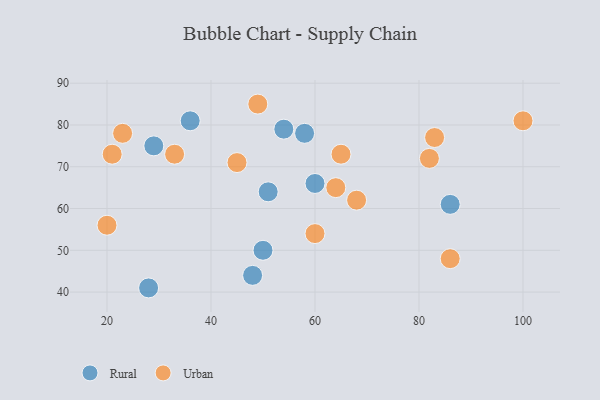
{"axis": {"x": "GDP", "y": "Life Expectancy"}, "legend": ["Rural", "Urban"], "data": [{"x": "29", "y": 75, "type": "Rural"}, {"x": "86", "y": 61, "type": "Rural"}, {"x": "36", "y": 81, "type": "Rural"}, {"x": "54", "y": 79, "type": "Rural"}, {"x": "50", "y": 50, "type": "Rural"}, {"x": "60", "y": 66, "type": "Rural"}, {"x": "58", "y": 78, "type": "Rural"}, {"x": "51", "y": 64, "type": "Rural"}, {"x": "28", "y": 41, "type": "Rural"}, {"x": "48", "y": 44, "type": "Rural"}, {"x": "82", "y": 72, "type": "Urban"}, {"x": "23", "y": 78, "type": "Urban"}, {"x": "60", "y": 54, "type": "Urban"}, {"x": "64", "y": 65, "type": "Urban"}, {"x": "100", "y": 81, "type": "Urban"}, {"x": "68", "y": 62, "type": "Urban"}, {"x": "20", "y": 56, "type": "Urban"}, {"x": "86", "y": 48, "type": "Urban"}, {"x": "65", "y": 73, "type": "Urban"}, {"x": "21", "y": 73, "type": "Urban"}, {"x": "83", "y": 77, "type": "Urban"}, {"x": "45", "y": 71, "type": "Urban"}, {"x": "33", "y": 73, "type": "Urban"}, {"x": "49", "y": 85, "type": "Urban"}]}